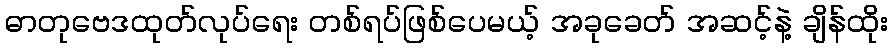
ဓာတုဗေဒထုတ်လုပ်ရေး တစ်ရပ်ဖြစ်ပေမယ့် အခုခေတ် အဆင့်နဲ့ ချိန်ထိုး